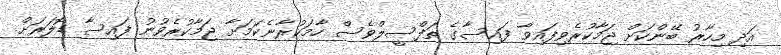
އަދި މިހާރު ބޭންކަށް ޖަމާކުރެވިފައިވާ ފައިސާގެ ތަފްސީލްވެސް ހާމަކުރާނެކަމަށާ ޖަމާކުރެވުނު ފައިސާ ޑޮލަރަށް